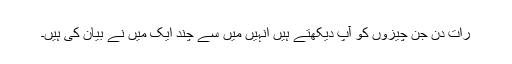
رات دن جن چیزوں کو آپ دیکھتے ہیں انہیں میں سے چند ایک میں نے بیان کی ہیں۔